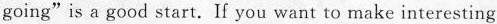
going"is a good start. If you want to make interesting